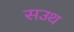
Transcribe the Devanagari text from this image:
सउथ